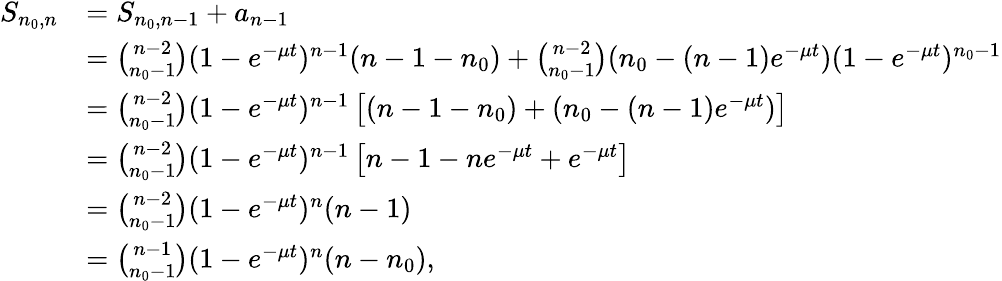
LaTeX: \begin{array}{rl}{S_{n_{0},n}}&{=S_{n_{0},n-1}+a_{n-1}}\\ &{={\binom{n-2}{n_{0}-1}}(1-e^{-\mu t})^{n-1}(n-1-n_{0})+{\binom{n-2}{n_{0}-1}}(n_{0}-(n-1)e^{-\mu t})(1-e^{-\mu t})^{n_{0}-1}}\\ &{={\binom{n-2}{n_{0}-1}}(1-e^{-\mu t})^{n-1}\left[(n-1-n_{0})+(n_{0}-(n-1)e^{-\mu t})\right]}\\ &{={\binom{n-2}{n_{0}-1}}(1-e^{-\mu t})^{n-1}\left[n-1-ne^{-\mu t}+e^{-\mu t}\right]}\\ &{={\binom{n-2}{n_{0}-1}}(1-e^{-\mu t})^{n}(n-1)}\\ &{={\binom{n-1}{n_{0}-1}}(1-e^{-\mu t})^{n}(n-n_{0}),}\end{array}